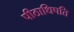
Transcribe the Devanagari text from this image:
पीठाधिपति